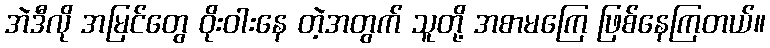
အဲဒီလို အမြင်တွေ ဝိုးဝါးနေ တဲ့အတွက် သူတို့ အစာမကြေ ဖြစ်နေကြတယ်။